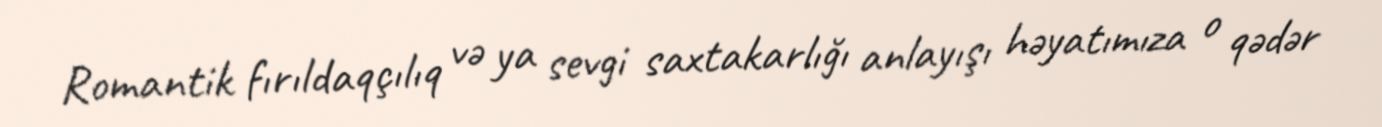
Romantik fırıldaqçılıq və ya sevgi saxtakarlığı anlayışı həyatımıza o qədər